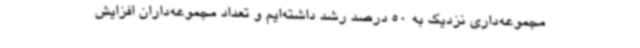
مجموعه‌داری نزدیک به 50 درصد رشد داشته‌ایم و تعداد مجموعه‌داران افزایش